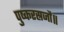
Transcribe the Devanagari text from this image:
पुष्करस्रजौ॥